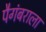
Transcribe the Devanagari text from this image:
पैगंबराला